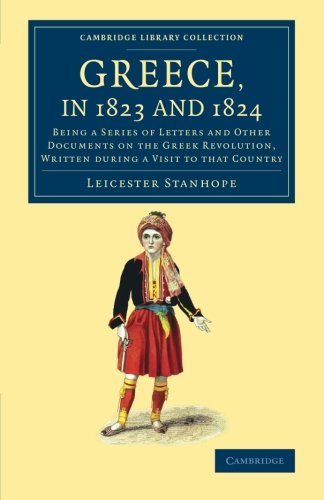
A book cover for Greece, in 1823 and 1824: Being a Series of Letters and Other Documents on the Greek Revolution, Written during a Visit to that Country (Cambridge Library Collection - European History); Leicester Stanhope; Literature & Fiction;